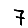
Digit: 7